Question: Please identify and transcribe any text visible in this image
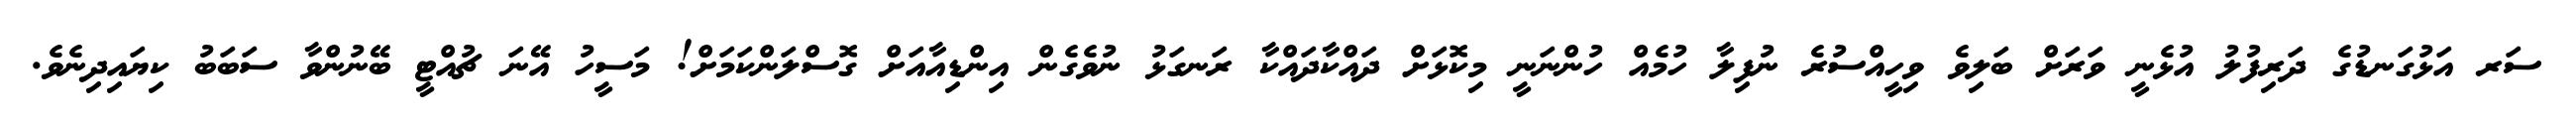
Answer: ސަރ އަޅުގަނޑުގެ ދަރިފުލު އުޅެނީ ވަރަށް ބަލިވެ ވިހީއްސުރެ ނުފިލާ ހުމެއް ހުންނަނީ މިކޮޅަށް ދައްކާދައްކާ ރަނގަޅު ނުވެގެން އިންޑިއާއަށް ގޮސްލަންކަމަށް! މަސީހު އޭނަ ޗުއްޓީ ބޭނުންވާ ސަބަބު ކިޔައިދިނެވެ.